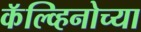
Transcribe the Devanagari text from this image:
कॅल्व्हिनोच्या